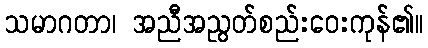
သမာဂတာ၊ အညီအညွတ်စည်းဝေးကုန်၏။